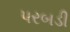
પરબડી